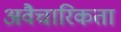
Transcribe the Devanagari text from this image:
अवैचारिकता